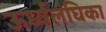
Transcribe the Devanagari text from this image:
ऊर्ध्वलंघिका